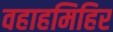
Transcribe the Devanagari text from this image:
वहाहमिहिर